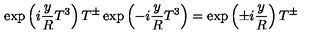
\exp \left( i \frac { y } { R } T ^ { 3 } \right) T ^ { \pm } \exp \left( - i \frac { y } { R } T ^ { 3 } \right) = \exp \left( \pm i \frac { y } { R } \right) T ^ { \pm }